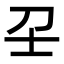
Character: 𡔛